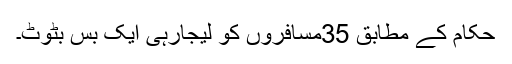
حکام کے مطابق 35مسافروں کو لیجارہی ایک بس بٹوٹ۔